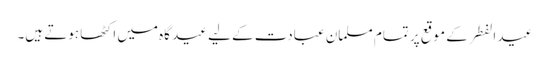
عید الفطر کے موقع پر تمام مسلمان عبادت کے لیے عید گاہ میں اکٹھا ہوتے ہیں۔